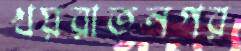
খয়রাতনগর